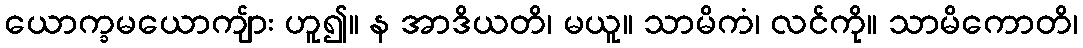
ယောက္ခမယောကျ်ား ဟူ၍။ န အာဒိယတိ၊ မယူ။ သာမိကံ၊ လင်ကို။ သာမိကောတိ၊